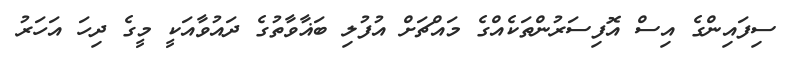
ސިފައިންގެ އިސް އޮފިސަރުންތަކެއްގެ މައްޗަށް އުފުލި ބަޣާވާތުގެ ދައުވާއަކީ މީގެ ދިހަ އަހަރު